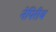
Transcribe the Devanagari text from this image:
नेपिरीय